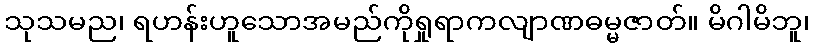
သုသမည၊ ရဟန်းဟူသောအမည်ကိုရှုရာကလျာဏဓမ္မဇာတ်။ မိဂါမိဘူ၊